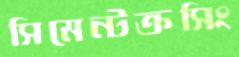
সিমেন্টক্রসিং